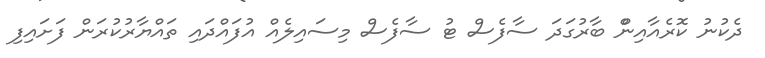
ދެކުނު ކޮރެއާއިންް ބާރުގަދަ ސާފެސް ޓު ސާފެސް މިސައިލެއް އުފައްދައި ތައްޔާރުކުރަން ފަށައިފި